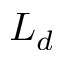
L _ { d }